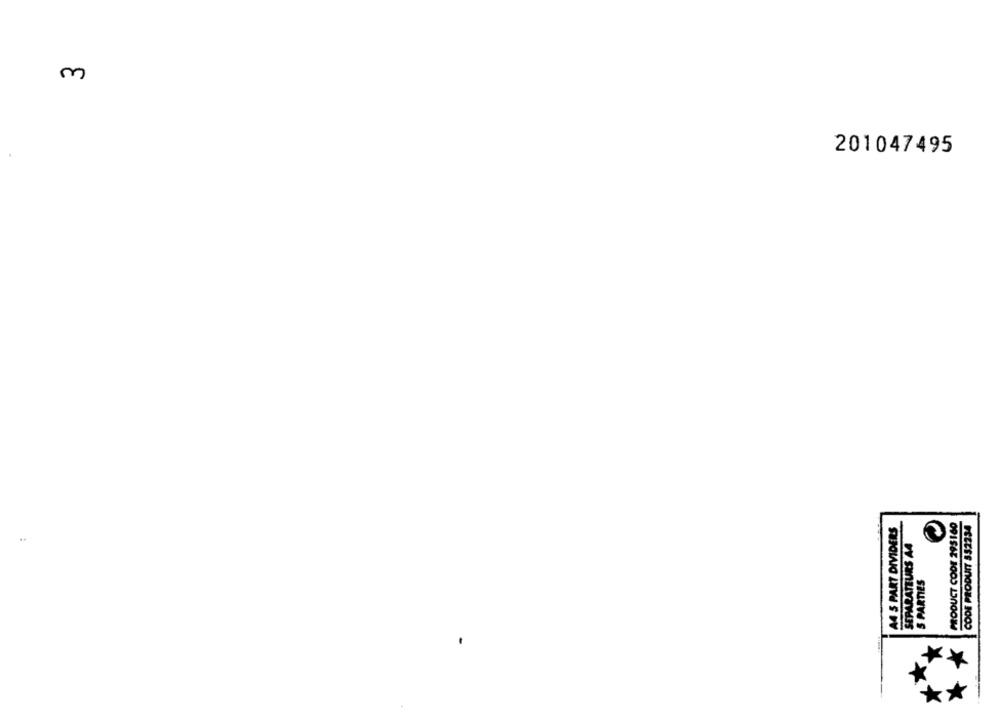
m
201047495
PRODUCT CODE 295160
CODE PRODUIT 552234
A4 5 PART DIVIDERS
SEPARATEURS AA
S PARTIES